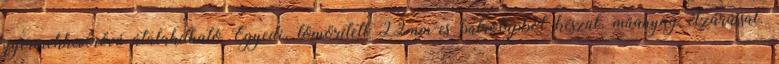
gyermekheverővé átalakítható Egyedi, tömörített 22mm-es bútrolapból készül, műanyag élzárással.